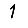
Digit: 1